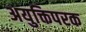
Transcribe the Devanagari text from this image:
अयुक्तिपरक